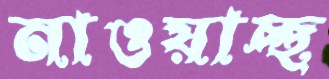
নাওয়াচ্ছ